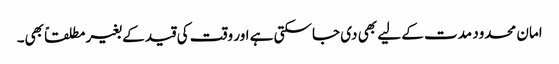
امان محدود مدت کے لیے بھی دی جاسکتی ہے اور وقت کی قید کے بغیر مطلقاً بھی۔